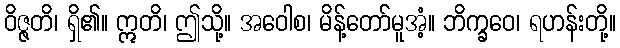
ဝိဇ္ဇတိ၊ ရှိ၏။ ဣတိ၊ ဤသို့။ အဝေါစ၊ မိန့်တော်မူအံ့။ ဘိက္ခဝေ၊ ရဟန်းတို့။